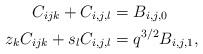
LaTeX: \begin{align*}C_{ijk}+C_{i,j,l}&=B_{i,j,0}\\z_kC_{ijk}+s_lC_{i,j,l}&=q^{3/2}B_{i,j,1},\end{align*}